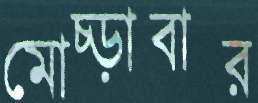
মোচ্‌ড়াবার